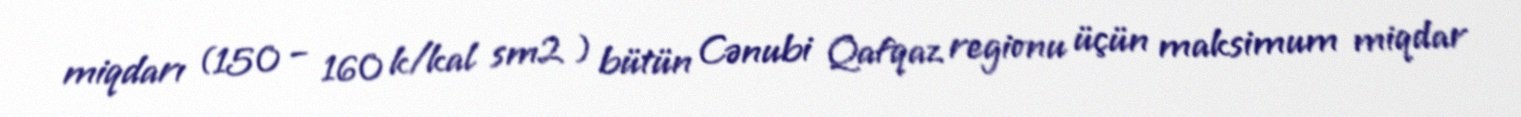
miqdarı (150 – 160 k/kal sm2 ) bütün Cənubi Qafqaz regionu üçün maksimum miqdar